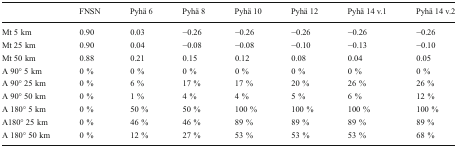
|  | FNSN | Pyhä 6 | Pyhä 8 | Pyhä 10 | Pyhä 12 | Pyhä 14 v.1 | Pyhä 14 v.2 |
 | --- | --- | --- | --- | --- | --- | --- | --- |
 | Mt 5 km | 0.90 | 0.03 | −0.26 | −0.26 | −0.26 | −0.26 | −0.26 |
 | Mt 25 km | 0.90 | 0.04 | −0.08 | −0.08 | −0.10 | −0.13 | −0.10 |
 | Mt 50 km | 0.88 | 0.21 | 0.15 | 0.12 | 0.08 | 0.04 | 0.05 |
 | A 90° 5 km | 0 % | 0 % | 0 % | 0 % | 0 % | 0 % | 0 % |
 | A 90° 25 km | 0 % | 6 % | 17 % | 17 % | 20 % | 26 % | 26 % |
 | A 90° 50 km | 0 % | 1 % | 4 % | 4 % | 5 % | 6 % | 12 % |
 | A 180° 5 km | 0 % | 50 % | 50 % | 100 % | 100 % | 100 % | 100 % |
 | A180° 25 km | 0 % | 46 % | 46 % | 89 % | 89 % | 89 % | 89 % |
 | A 180° 50 km | 0 % | 12 % | 27 % | 53 % | 53 % | 53 % | 68 % |